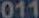
011